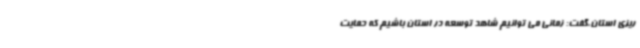
ریزی استان،گفت: زمانی می توانیم شاهد توسعه در استان باشیم که حمایت